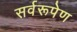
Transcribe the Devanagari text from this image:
सर्वरूपेण